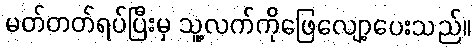
မတ်တတ်ရပ်ပြီးမှ သူ့လက်ကိုဖြေလျော့ပေးသည်။